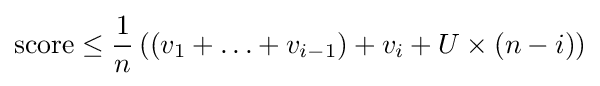
{\text{score}}\leq {\frac {1}{n}}\left((v_{1}+\ldots +v_{i-1})+v_{i}+U\times (n-i)\right)